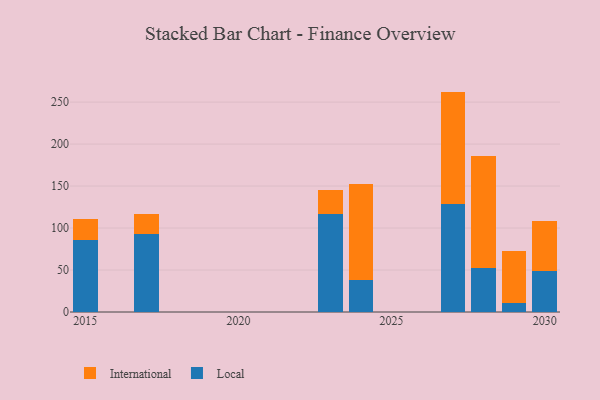
{"axis": {"x": "Year", "y": "Page Views"}, "legend": ["International", "Local"], "data": [{"x": "2017", "y": 93.1, "type": "Local"}, {"x": "2017", "y": 24.2, "type": "International"}, {"x": "2029", "y": 10.4, "type": "Local"}, {"x": "2029", "y": 62.0, "type": "International"}, {"x": "2024", "y": 37.8, "type": "Local"}, {"x": "2024", "y": 114.7, "type": "International"}, {"x": "2028", "y": 52.0, "type": "Local"}, {"x": "2028", "y": 133.4, "type": "International"}, {"x": "2023", "y": 116.7, "type": "Local"}, {"x": "2023", "y": 28.5, "type": "International"}, {"x": "2030", "y": 48.3, "type": "Local"}, {"x": "2030", "y": 60.2, "type": "International"}, {"x": "2015", "y": 85.5, "type": "Local"}, {"x": "2015", "y": 25.5, "type": "International"}, {"x": "2027", "y": 128.5, "type": "Local"}, {"x": "2027", "y": 134.0, "type": "International"}]}